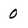
Character: 0